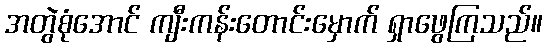
အတွဲစုံအောင် ကျီးကန်းတောင်းမှောက် ရှာဖွေကြသည်။